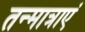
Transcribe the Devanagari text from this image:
तन्मात्राएं